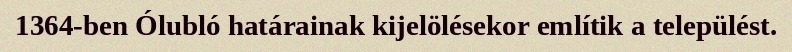
1364-ben Ólubló határainak kijelölésekor említik a települést.